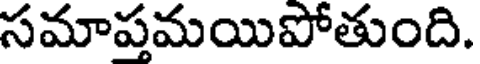
సమాప్తమయిపోతుంది.